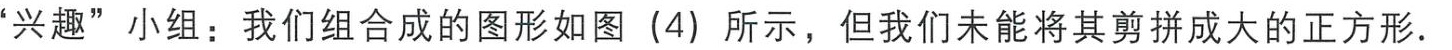
“兴趣”小组：我们组合成的图形如图（4）所示，但我们未能将其剪拼成大的正方形.